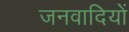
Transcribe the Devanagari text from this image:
जनवादियों